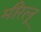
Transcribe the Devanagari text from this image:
मीरलू